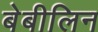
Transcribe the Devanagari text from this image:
बेबीलिन